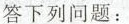
答下列问题：